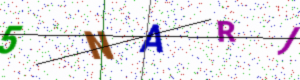
Text: 5NARJ